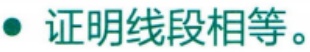
证明线段相等。